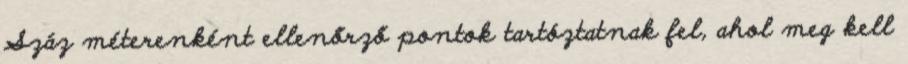
Száz méterenként ellenőrző pontok tartóztatnak fel, ahol meg kell